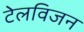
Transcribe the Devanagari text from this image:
टेलविजन